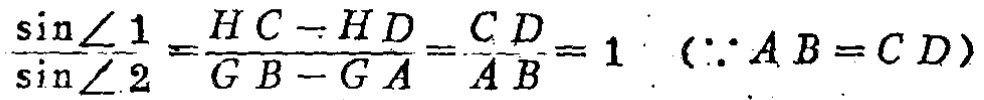
\(\frac{\sin\angle 1}{\sin\angle 2}=\frac{HC - HD}{GB - GA}=\frac{CD}{AB}=1\ (\because AB = CD)\)